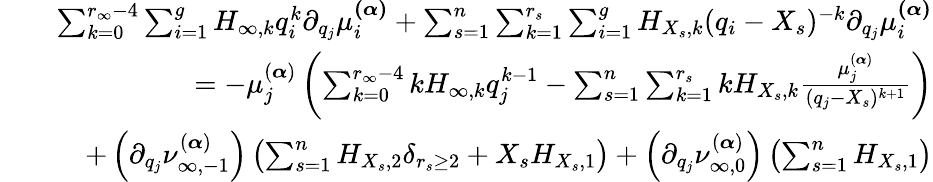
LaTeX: \begin{array}{rlr}&{}&{\sum_{k=0}^{r_{\infty}-4}\sum_{i=1}^{g}H_{\infty,k}q_{i}^{k}\partial_{q_{j}}\mu_{i}^{\boldsymbol{(\alpha)}}+\sum_{s=1}^{n}\sum_{k=1}^{r_{s}}\sum_{i=1}^{g}H_{X_{s},k}(q_{i}-X_{s})^{-k}\partial_{q_{j}}\mu_{i}^{\boldsymbol{(\alpha)}}}\\ &{}&{=-\mu_{j}^{(\boldsymbol{\alpha})}\left(\sum_{k=0}^{r_{\infty}-4}kH_{\infty,k}q_{j}^{k-1}-\sum_{s=1}^{n}\sum_{k=1}^{r_{s}}kH_{X_{s},k}\frac{\mu_{j}^{(\boldsymbol{\alpha})}}{(q_{j}-X_{s})^{k+1}}\right)}\\ &{}&{+\left(\partial_{q_{j}}\nu_{\infty,-1}^{(\boldsymbol{\alpha})}\right)\left(\sum_{s=1}^{n}H_{X_{s},2}\delta_{r_{s}\geq 2}+X_{s}H_{X_{s},1}\right)+\left(\partial_{q_{j}}\nu_{\infty,0}^{(\boldsymbol{\alpha})}\right)\left(\sum_{s=1}^{n}H_{X_{s},1}\right)}\end{array}